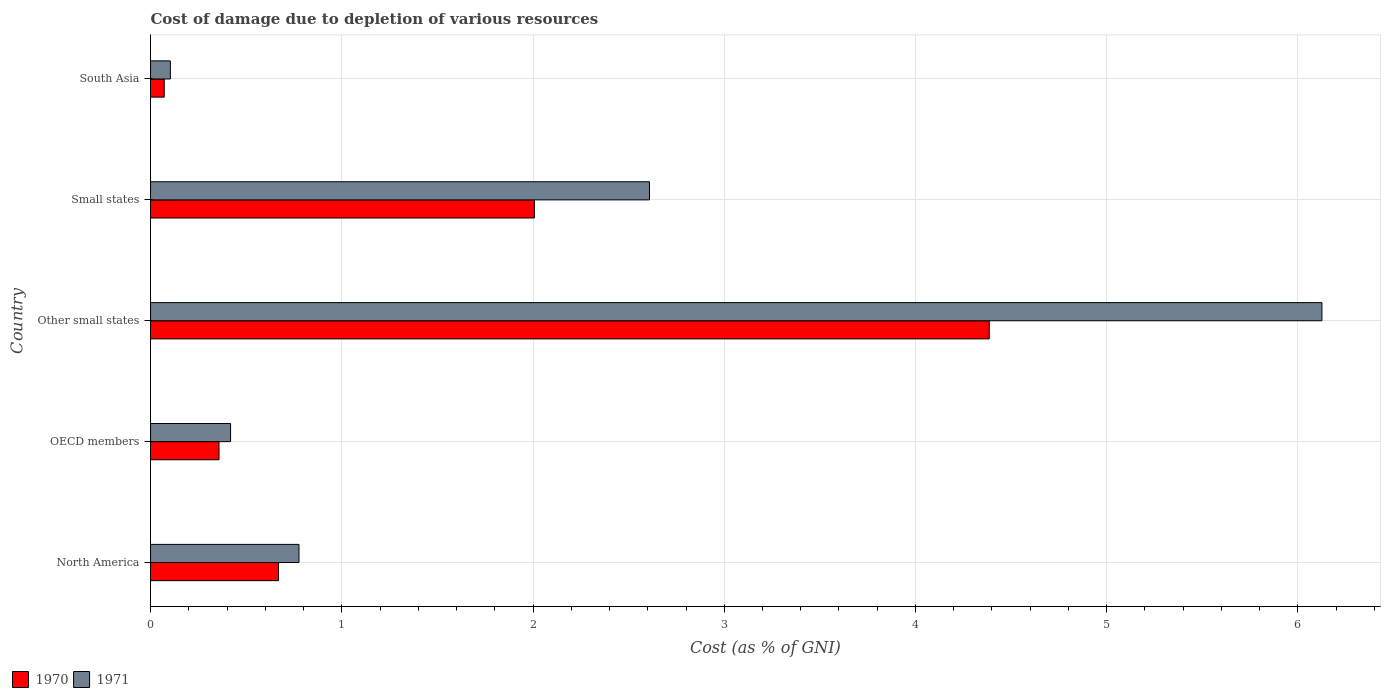
| Country | 1970 | 1971 |
 | --- | --- | --- |
 | North America | 0.669 | 0.776 |
 | OECD members | 0.358 | 0.419 |
 | Other small states | 4.39 | 6.13 |
 | Small states | 2.01 | 2.61 |
 | South Asia | 0.0716 | 0.104 |